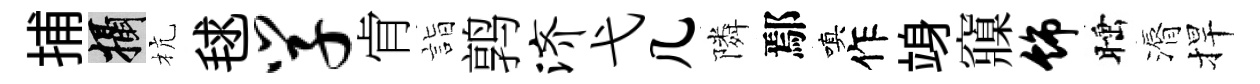
捕攝杭毬学肻詣鹑济弋几隣鄢嗔作竧䆿饰睡漘捍